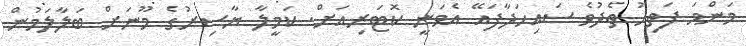
މަންމަ ފަތިހު ތެދުވެ ސައިހަދާފައޭ އެވަނީ ކޮޓަރިއަށް. ކަމީލާ ޔާސިރުގެ މޫނަށް ބަލާލަމުން